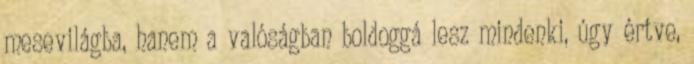
mesevilágba, hanem a valóságban boldoggá lesz mindenki, úgy értve,